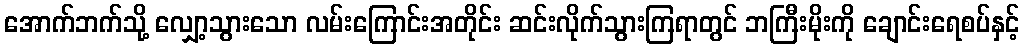
အောက်ဘက်သို့ လျှော့သွားသော လမ်းကြောင်းအတိုင်း ဆင်းလိုက်သွားကြရာတွင် ဘကြီးမိုးကို ချောင်းရေစပ်နှင့်